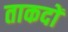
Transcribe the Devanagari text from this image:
ताकदों